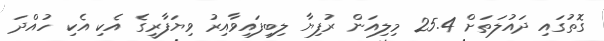
ގޮތުގައި ދައުލަތަށް 25.4 މިލިއަން ރުފިޔާ ލިބިފައިވާއިރު ވިޔަފާރީގެ އެކި އެކި ހުއްދަ